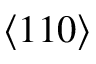
\langle 1 1 0 \rangle